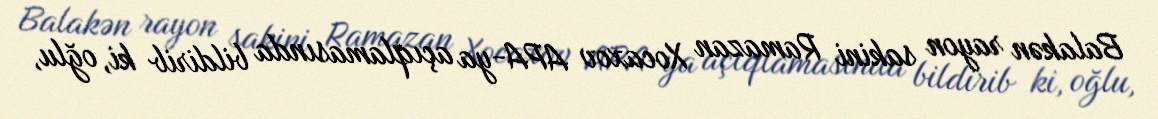
Balakən rayon sakini Ramazan Xocaxov APA-ya açıqlamasında bildirib ki, oğlu,